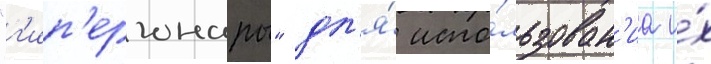
"г'ип'ергонары" дл'я́ испо́льзован'иа и́х